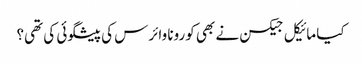
کیا مائیکل جیکسن نے بھی کورونا وائرس کی پیشگوئی کی تھی؟